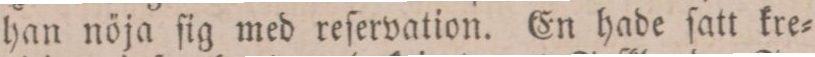
han nöja ſig med reſervation. En hade ſatt kre=